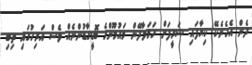
ދެން އެހެނެކޭ ކިޔާފައި ޝަރީފަށް ހަމަލާދޭން މައުމޫންގެ ބޮޑީގާޑުންނެއް ވެސް އަރިހުގައި ތިބި